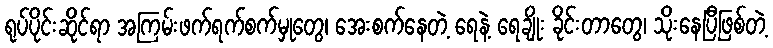
ရုပ်ပိုင်းဆိုင်ရာ အကြမ်းဖက်ရက်စက်မှုတွေ၊ အေးစက်နေတဲ့ ရေနဲ့ ရေချိုး ခိုင်းတာတွေ၊ သိုးနေပြီဖြစ်တဲ့